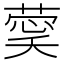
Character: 𮐔